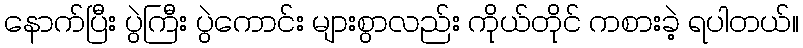
နောက်ပြီး ပွဲကြီး ပွဲကောင်း များစွာလည်း ကိုယ်တိုင် ကစားခဲ့ ရပါတယ်။